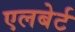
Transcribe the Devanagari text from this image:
एलबेर्ट